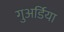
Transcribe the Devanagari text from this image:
गुअर्डिया